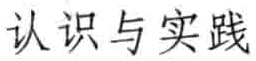
认识与实践